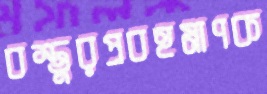
বস্তুরপ্রবহমাণক